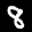
Label: 8